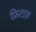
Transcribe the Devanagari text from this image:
फ्रिटाज़